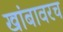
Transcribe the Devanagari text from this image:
खांबावरच